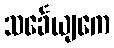
သင်္ခေယျကေ